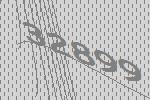
32899